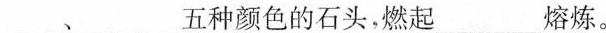
___﹑___五种颜色的石头，燃起___熔炼。